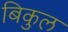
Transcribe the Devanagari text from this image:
बिकुल